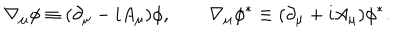
LaTeX: \nabla _ { \mu } \phi \equiv ( \partial _ { \mu } - i A _ { \mu } ) \phi , \qquad \nabla _ { \mu } \phi ^ { * } \equiv ( \partial _ { \mu } + i A _ { \mu } ) \phi ^ { * } .